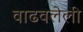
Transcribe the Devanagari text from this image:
वाढवलेली